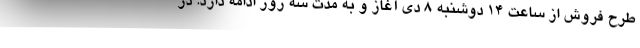
طرح فروش از ساعت 14 دوشنبه 8 دی آغاز و به مدت سه روز ادامه دارد. در